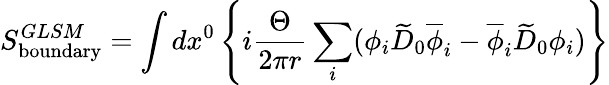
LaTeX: S_{\mathrm{boundary}}^{GLSM}=\int dx^{0}\left\{ i{\frac{\Theta}{2\pi r}}\sum_{i}(\phi_{i}\widetilde{D}_{0}\overline{{{\phi}}}_{i}-\overline{{{\phi}}}_{i}\widetilde{D}_{0}\phi_{i})\right\}